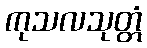
ကုသလသုတ္တံ